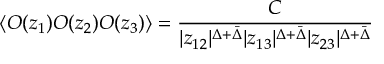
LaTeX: \langle O ( z _ { 1 } ) O ( z _ { 2 } ) O ( z _ { 3 } ) \rangle = { \frac { C } { | z _ { 1 2 } | ^ { \Delta + \bar { \Delta } } | z _ { 1 3 } | ^ { \Delta + \bar { \Delta } } | z _ { 2 3 } | ^ { \Delta + \bar { \Delta } } } }